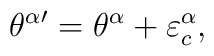
{\theta^{\alpha}}{}^{\prime}={\theta^{\alpha}}+\varepsilon^{\alpha}_{c},